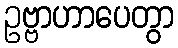
ဥဗ္ဗာဟာပေတွာ